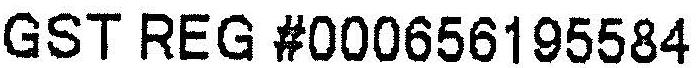
GST REG #000656195584